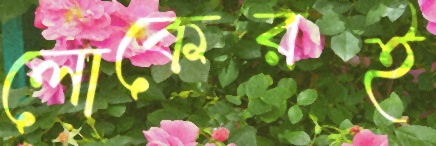
লোকেরই